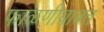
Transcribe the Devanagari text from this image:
फाळणीबाबत